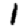
Digit: 1